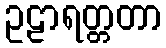
ဥဠာရတ္တတာ